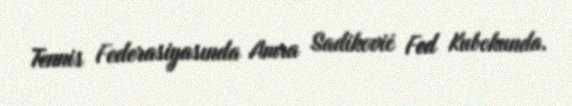
Tennis Federasiyasında Amra Sadiković Fed Kubokunda.